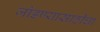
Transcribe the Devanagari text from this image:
जोडण्यासाठीचा